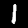
Label: 1